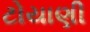
ટોયાણી